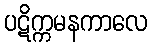
ပဋိက္ကမနကာလေ